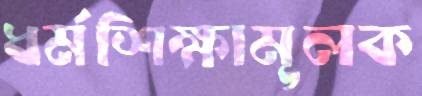
ধর্মশিক্ষামূলক